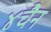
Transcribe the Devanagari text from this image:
४चैन